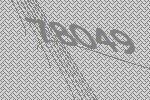
78049